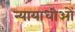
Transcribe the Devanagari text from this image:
न्यायाधीओं